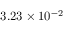
3 . 2 3 \times 1 0 ^ { - 2 }